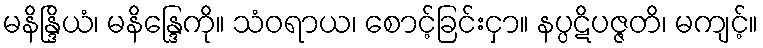
မနိန္ဒြိယံ၊ မနိန္ဒြေကို။ သံဝရာယ၊ စောင့်ခြင်းငှာ။ နပ္ပဋိပဇ္ဇတိ၊ မကျင့်။